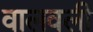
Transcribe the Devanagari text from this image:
वालवली